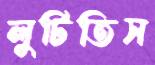
লুটিতিস